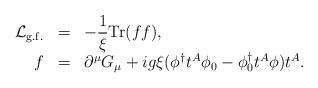
LaTeX: \begin{align*}\begin{array}{rcl}{\cal L}_{\rm g.f.}&=&\displaystyle-\frac{1}{\xi}{\rm Tr}(ff),\\f&=&\partial^{\mu}G_{\mu}+ig\xi(\phi^{\dagger}t^A\phi_0-\phi_0^{\dagger}t^A\phi)t^A.\end{array}\end{align*}